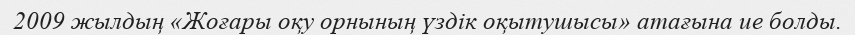
2009 жылдың «Жоғары оқу орнының үздік оқытушысы» атағына ие болды.